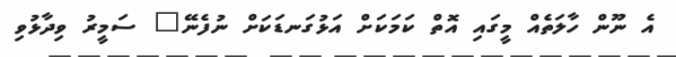
އެ ނޫން ހާލަތެއް މީގައި އޮތް ކަމަކަށް އަޅުގަނޑަކަށް ނުފެނޭ" ސަމީރު ވިދާޅުވި